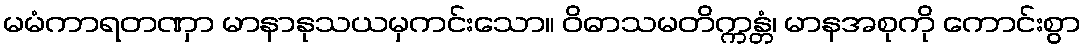
မမံကာရတဏှာ မာနာနုသယမှကင်းသော။ ဝိဓာသမတိက္ကန္တံ၊ မာနအစုကို ကောင်းစွာ